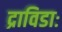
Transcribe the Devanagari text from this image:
द्राविडाः